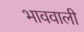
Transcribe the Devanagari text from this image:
भाववाली